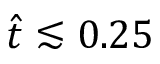
\hat { t } \lesssim 0 . 2 5